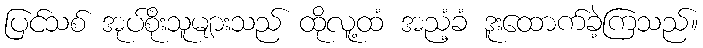
ပြင်သစ် အုပ်စိုးသူများသည် ထိုလူ့ထံ အညံ့ခံ ဒူးထောက်ခဲ့ကြသည်။